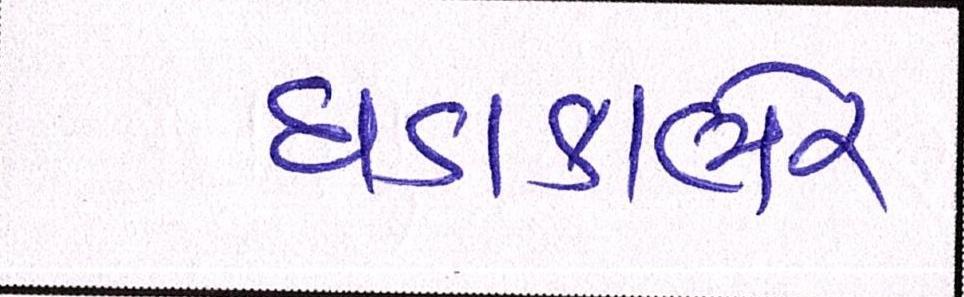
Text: ધડાકાભેર